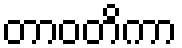
တာဝတိကာ